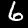
Label: 6